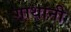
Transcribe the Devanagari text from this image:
गाथानी